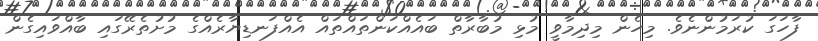
ފާހަގަ ކުރަމުންނެވެ. މިހެން މިދިމާވީ މުޅި މުބާރާތް ބައެއްކަންތައްތައް އެއްފަނޑިޔާރެއްގެ މުށުތެރޭގައި ބާއްވައިގެން